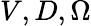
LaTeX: V,D,\Omega